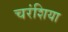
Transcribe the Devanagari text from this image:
चरंशिया